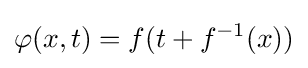
\varphi (x,t)=f(t+f^{-1}(x))